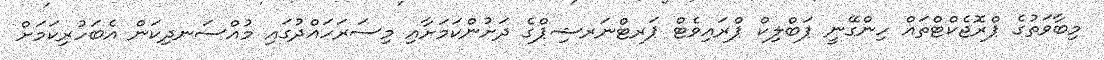
މިބާވަތުގެ ޕްރޮޖެކްޓްތައް ހިންގޭނީ ޕަބްލިކް ޕްރައިވެޓް ޕަރޓްނަރޝިޕްގެ ދަށުންކަމަށާއި މިސަރަހައްދުގައި މުއްސަނދިކަން އެބަހުރިކަމަށް